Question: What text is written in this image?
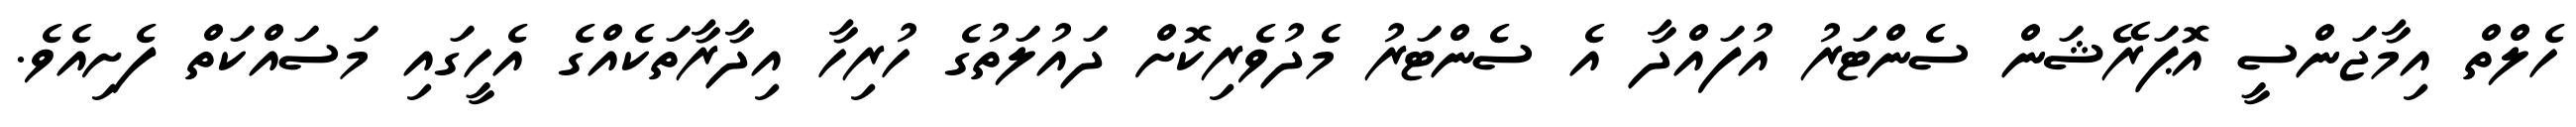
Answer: ހެލްތް އިމާޖަންސީ އޮޕަރޭޝަން ސެންޓަރު އުފައްދާ އެ ސެންޓަރު މެދުވެރިކޮށް ދައުލަތުގެ ހުރިހާ އިދާރާތަކެއްގެ އެހީގައި މަސައްކަތް ފެށިއެވެ.